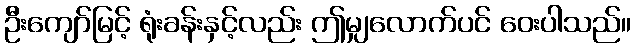
ဦးကျော်မြင့် ရုံးခန်းနှင့်လည်း ဤမျှလောက်ပင် ဝေးပါသည်။